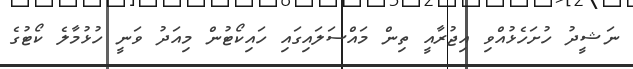
ނަޝީދު ހުށަހެޅުއްވި އިޖުރާއީ ތިން މައްސަލައިގައި ހައިކޯޓުން މިއަދު ވަނީ ހުޅުމާލެ ކޯޓުގެ